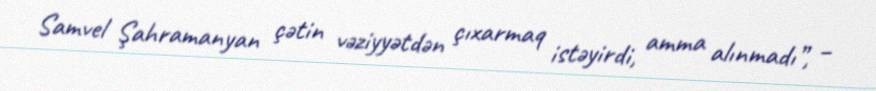
Samvel Şahramanyan çətin vəziyyətdən çıxarmaq istəyirdi, amma alınmadı”, –